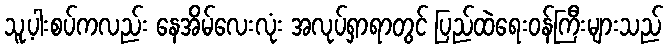
သူ့ပါးစပ်ကလည်း နေအိမ်လေးလုံး အလုပ်ရှာရာတွင် ပြည်ထဲရေးဝန်ကြီးများသည်